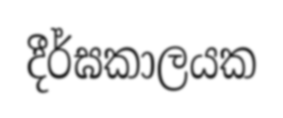
දීර්ඝකාලයක